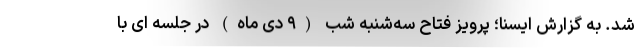
شد. به گزارش ایسنا؛ پرویز فتاح سه‌شنبه شب (۹ دی ماه) در جلسه ای با